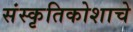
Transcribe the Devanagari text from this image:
संस्कृतिकोशाचे